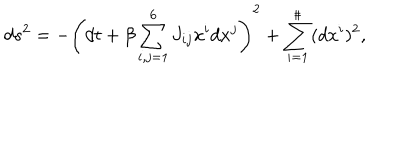
LaTeX: d s ^ { 2 } = - \left( d t + \beta \sum _ { i , j = 1 } ^ { 6 } J _ { i j } x ^ { i } d x ^ { j } \right) ^ { 2 } + \sum _ { i = 1 } ^ { \sharp } ( d x ^ { i } ) ^ { 2 } ,